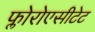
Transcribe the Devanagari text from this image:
फ्लोरोएसीटेट